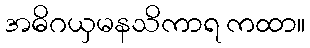
အဓိဂယှမနသိကာရ ကထာ။